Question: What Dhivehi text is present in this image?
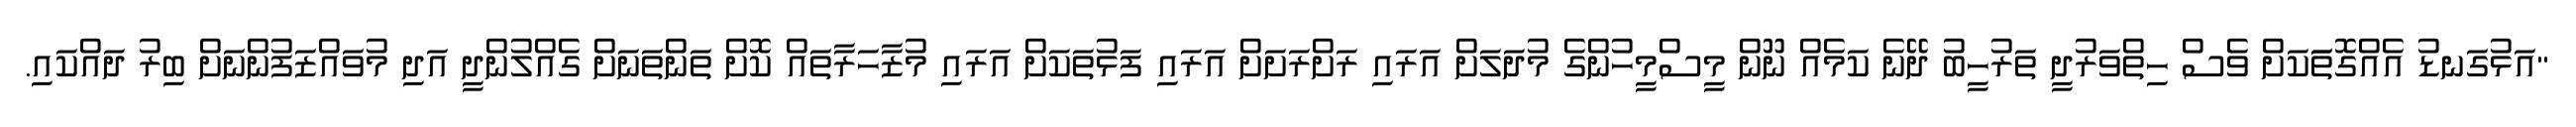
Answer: "އަޅުގަނޑު އެއްގޮތަަކަށް ވެސް ހިތްވަރުދީ ތަރުހީބު ދޭނެ ކަމެއް ނޫން މީސްމީހުންގެ މުދަލަށް އަރައި ރަށްރަށަށް އަރައި ފަޅުތަކަށް އަރައި މުޒާހަރާތައް ކޮށް ތަންތަނަށް ގެއްލުންދީ އަދި މުވައްޒަފުންނަށް ބިރު ދައްކައި.